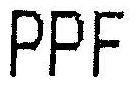
PPF